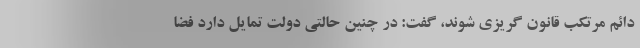
دائم مرتکب قانون گریزی شوند، گفت: در چنین حالتی دولت تمایل دارد فضا